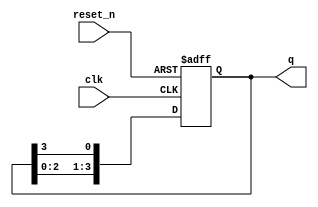
module async_ring_counter (
    input wire clk,         // Clock input (for triggering state change)
    input wire reset_n,     // Active low reset
    output reg [N-1:0] q    // Output state of the counter
);
    parameter N = 4;        // Number of flip-flops (change as needed)

    // Initial state
    initial begin
        q = 4'b0001;        // Initial state for a 4-bit ring counter
    end

    // Asynchronous reset and state transition
    always @(posedge clk or negedge reset_n) begin
        if (!reset_n) begin
            q <= 4'b0001;    // Reset to initial state
        end else begin
            // Shift the '1' around the ring
            q <= {q[N-2:0], q[N-1]}; // Shift left and wrap around
        end
    end
endmodule